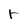
Character: r